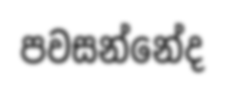
පවසන්නේද